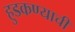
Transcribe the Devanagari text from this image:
हुडकण्याची